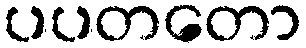
ပပတတော